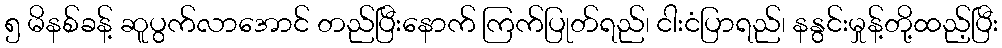
၅ မိနစ်ခန့် ဆူပွက်လာအောင် တည်ပြီးနောက် ကြက်ပြုတ်ရည်၊ ငါးငံပြာရည်၊ နနွင်းမှုန့်တို့ထည့်ပြီး